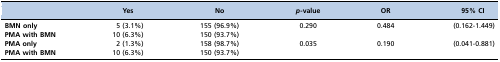
<table><thead><tr><td></td><td><b>Yes</b></td><td><b>No</b></td><td><b><i>p</i>-value</b></td><td><b>OR</b></td><td><b>95% CI</b></td></tr></thead><tbody><tr><td><b>BMN only</b></td><td>5 (3.1%)</td><td>155 (96.9%)</td><td>0.290</td><td>0.484</td><td>(0.162-1.449)</td></tr><tr><td><b>PMA with BMN</b></td><td>10 (6.3%)</td><td>150 (93.7%)</td><td></td><td></td><td></td></tr><tr><td><b>PMA only</b></td><td>2 (1.3%)</td><td>158 (98.7%)</td><td>0.035</td><td>0.190</td><td>(0.041-0.881)</td></tr><tr><td><b>PMA with BMN</b></td><td>10 (6.3%)</td><td>150 (93.7%)</td><td></td><td></td><td></td></tr></tbody></table>